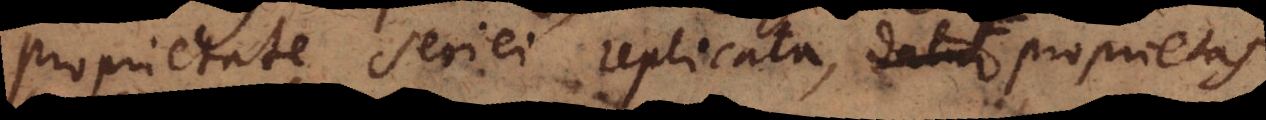
proprietate seriei replicata, datur proprietas